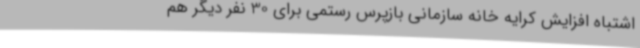
اشتباه افزایش کرایه خانه سازمانی بازپرس رستمی برای 30 نفر دیگر هم